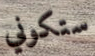
ستكوني